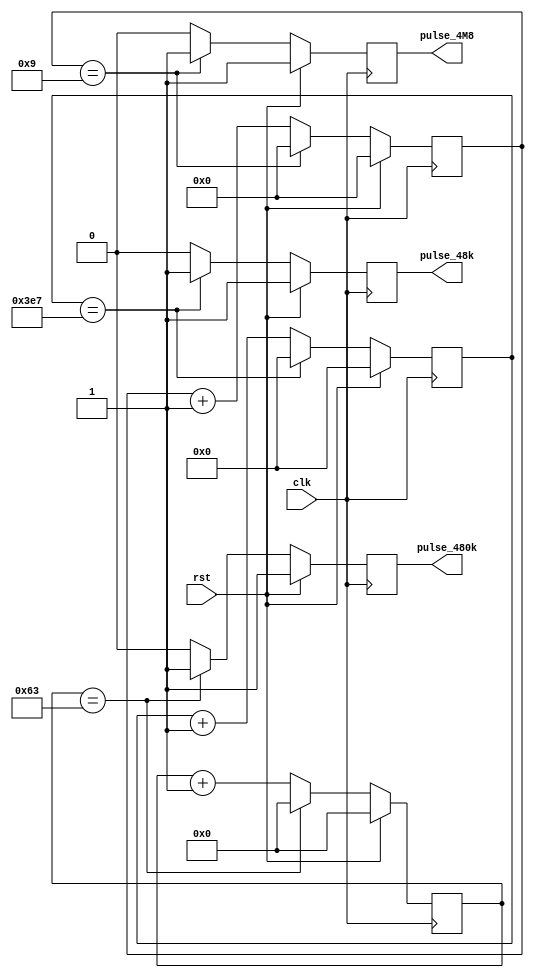
module decade_clock_divider (
	input wire clk,
	input wire rst,
	
	output reg pulse_48k = 1'b0,
	output reg pulse_480k = 1'b0,
	output reg pulse_4M8 = 1'b0
);

reg [9:0] divider_48k = 10'd0;
reg [6:0] divider_480k = 7'd0;
reg [3:0] divider_4M8 = 4'd0;

always @(posedge clk) begin
	pulse_48k <= 1'b0;
	divider_48k <= divider_48k + 10'd1;
	if (divider_48k == 10'd999) begin
		pulse_48k <= 1'b1;
		divider_48k <= 10'd0;
	end
	if (rst) begin
		pulse_48k <= 1'b1;
		divider_48k <= 10'd0;
	end
end

always @(posedge clk) begin
	pulse_480k <= 1'b0;
	divider_480k <= divider_480k + 7'd1;
	if (divider_480k == 7'd99) begin
		pulse_480k <= 1'b1;
		divider_480k <= 7'd0;
	end
	if (rst) begin
		pulse_480k <= 1'b1;
		divider_480k <= 7'd0;
	end
end

always @(posedge clk) begin
	pulse_4M8 <= 1'b0;
	divider_4M8 <= divider_4M8 + 4'd1;
	if (divider_4M8 == 4'd9) begin
		pulse_4M8 <= 1'b1;
		divider_4M8 <= 4'd0;
	end
	if (rst) begin
		pulse_4M8 <= 1'b1;
		divider_4M8 <= 4'd0;
	end
end
endmodule